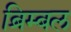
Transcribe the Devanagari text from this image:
ब्रिम्बल